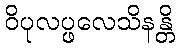
ဝိပုလပ္ဖလေသိနန္တိ